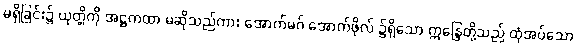
မရှိခြင်း၌ ယုတ္တိကို အဋ္ဌကထာ မဆိုသည်ကား အောက်မဂ် အောက်ဖိုလ် ၌ရှိသော ဣန္ဒြေတို့သည် ထုံအပ်သော